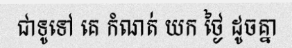
ជាទូទៅ គេ កំណត់ យក ថ្ងៃ ដូចគ្នា